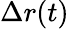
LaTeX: \Delta r(t)